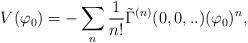
\begin{align*}V(\varphi_{0})= -\sum_{n}\frac{1}{n!}\tilde\Gamma^{(n)}(0,0,..)(\varphi_{0})^{n},\end{align*}